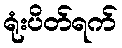
ရုံးပိတ်ရက်